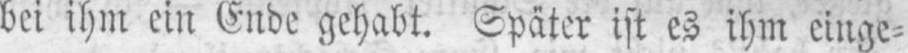
bei ihm ein Ende gehabt. Später ist es ihm einge⸗